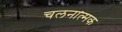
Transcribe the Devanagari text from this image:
चलनात्मक